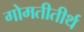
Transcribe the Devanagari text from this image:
गोमतीतीर्थ